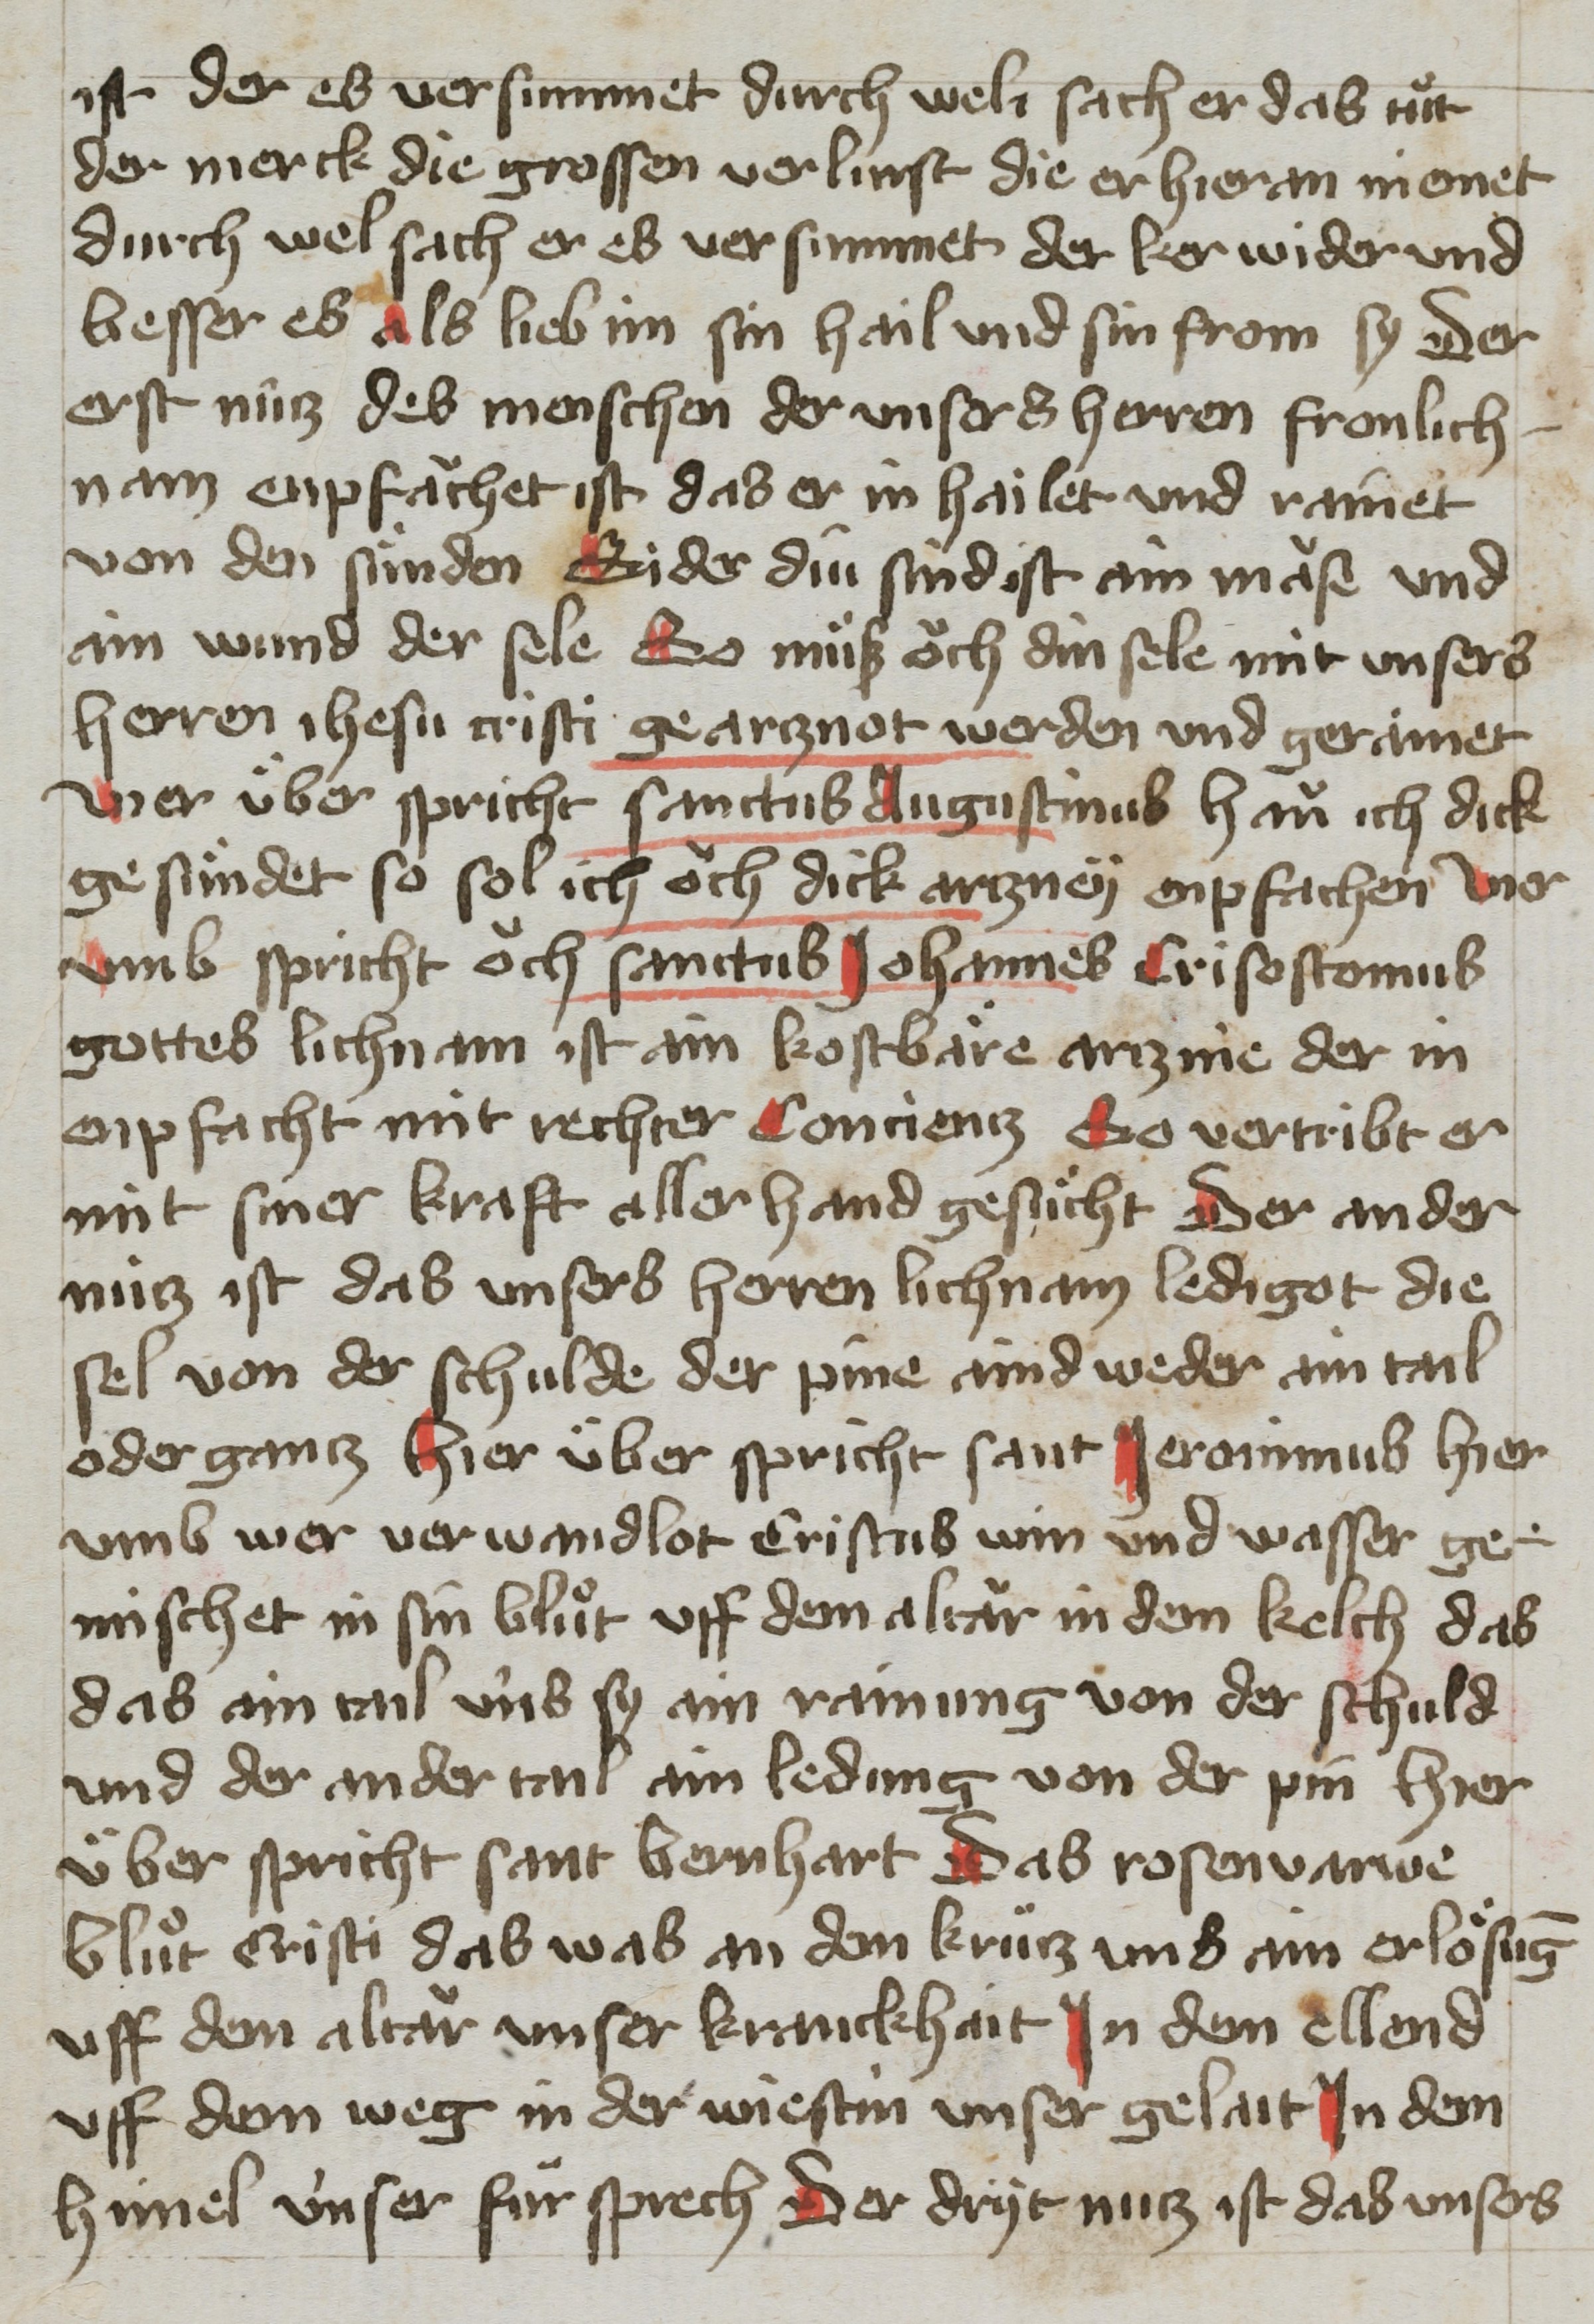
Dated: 1400–1499